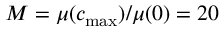
M = \mu ( c _ { \mathrm { m a x } } ) / \mu ( 0 ) = 2 0